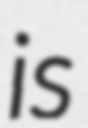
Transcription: is